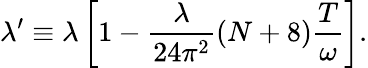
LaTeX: \lambda^{\prime}\equiv\lambda\left[1-\frac{\lambda}{24\pi^{2}}(N+8)\frac{T}{\omega}\right].